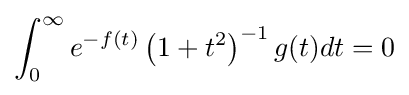
\int _{0}^{\infty }e^{-f(t)}\left(1+t^{2}\right)^{-1}g(t)dt=0